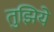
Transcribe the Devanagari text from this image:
तुझिये